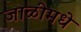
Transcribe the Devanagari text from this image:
जाळीमधे